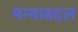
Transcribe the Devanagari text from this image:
मन्याबद्दल